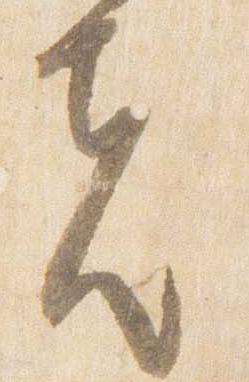
先